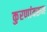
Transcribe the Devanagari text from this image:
कुरणांवरून